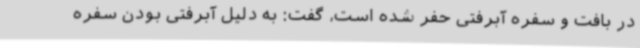
در بافت و سفره آبرفتی حفر شده است، گفت: به دلیل آبرفتی بودن سفره